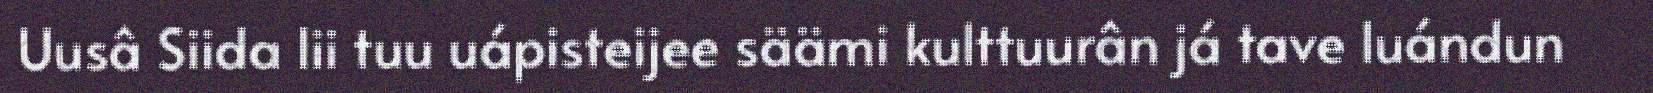
Uusâ Siida lii tuu uápisteijee säämi kulttuurân já tave luándun